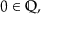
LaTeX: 0 \in \mathbb { Q } ,